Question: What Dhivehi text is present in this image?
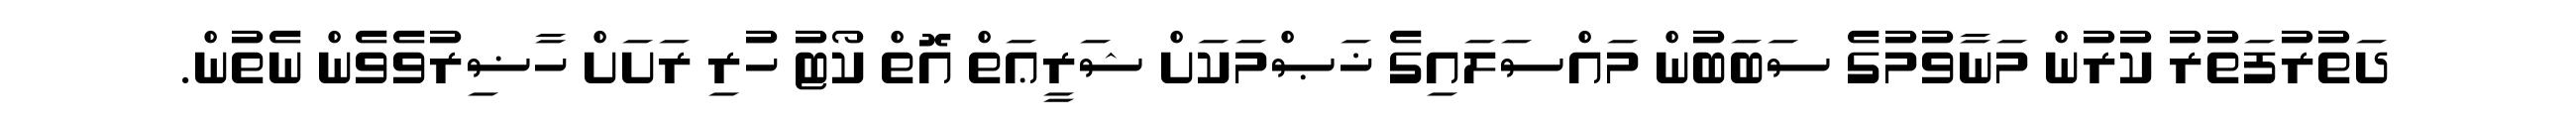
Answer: ދަތުރުފަތުރު ކުރުން މަނާވުމުގެ ސަބަބުން މައްސަލައިގެ ޚަޞްމަކަށް ޝަރީޢަތް އޮތް ކޯޓު ހުރި ރަށަށް ހާޟިރުވެވެން ނެތުން.